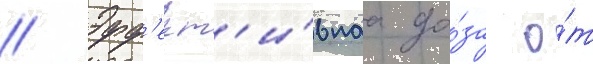
// Эфф'ект'и́внаа до́за о́т